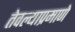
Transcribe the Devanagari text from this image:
तेवल्याप्रमाणे